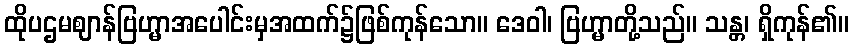
ထိုပဌမဈာန်ဗြဟ္မာအပေါင်းမှအထက်၌ဖြစ်ကုန်သော။ ဒေဝါ၊ ဗြဟ္မာတို့သည်။ သန္တ၊ ရှိကုန်၏။